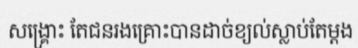
សង្គ្រោះ តែជនរងគ្រោះបានដាច់ខ្យល់ស្លាប់តែម្តង